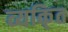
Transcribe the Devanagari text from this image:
व्यकि्‌त